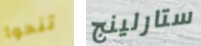
تنحوا ستارلينج